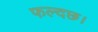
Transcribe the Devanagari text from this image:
फल्दछ।